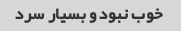
خوب نبود و بسیار سرد